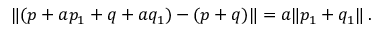
\lVert ( p + a p _ { 1 } + q + a q _ { 1 } ) - ( p + q ) \rVert = a \lVert p _ { 1 } + q _ { 1 } \rVert \, .